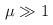
LaTeX: \begin{align*}\mu \gg 1\protect \protect \protect \protect\end{align*}